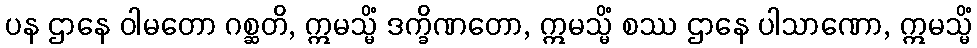
ပန ဌာနေ ဝါမတော ဂစ္ဆတိ, ဣမသ္မိံ ဒက္ခိဏတော, ဣမသ္မိံ စဿ ဌာနေ ပါသာဏော, ဣမသ္မိံ